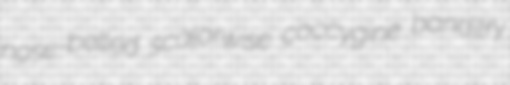
nose-belled scalarwise coccygine banditry